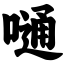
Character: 嗵